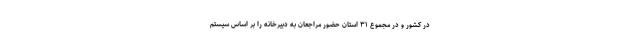
در کشور و در مجموع ۳۱ استان حضور مراجعان به دبیرخانه را بر اساس سیستم